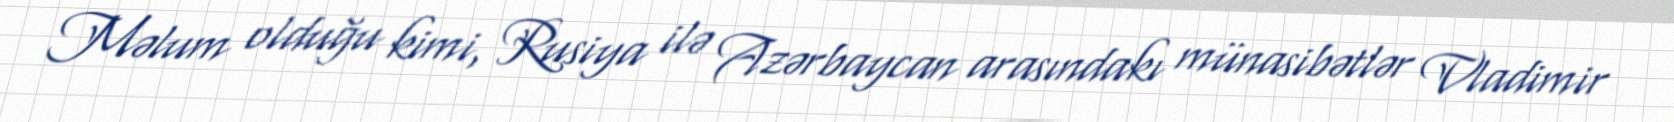
Məlum olduğu kimi, Rusiya ilə Azərbaycan arasındakı münasibətlər Vladimir